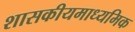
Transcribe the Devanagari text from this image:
शासकीयमाध्यमिक